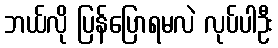
ဘယ်လို ပြန်ပြောရမလဲ လုပ်ပါဦး